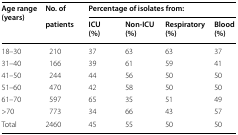
<table><thead><tr><td rowspan="2"><b>Age range(years)</b></td><td><b>No. of</b></td><td colspan="4"><b>Percentage of isolates from:</b></td></tr><tr><td><b>patients</b></td><td><b>ICU (%)</b></td><td><b>Non-ICU (%)</b></td><td><b>Respiratory (%)</b></td><td><b>Blood (%)</b></td></tr></thead><tbody><tr><td>18–30</td><td>210</td><td>37</td><td>63</td><td>63</td><td>37</td></tr><tr><td>31–40</td><td>166</td><td>39</td><td>61</td><td>59</td><td>41</td></tr><tr><td>41–50</td><td>244</td><td>44</td><td>56</td><td>50</td><td>50</td></tr><tr><td>51–60</td><td>470</td><td>42</td><td>58</td><td>50</td><td>50</td></tr><tr><td>61–70</td><td>597</td><td>65</td><td>35</td><td>51</td><td>49</td></tr><tr><td>&gt;70</td><td>773</td><td>34</td><td>66</td><td>43</td><td>57</td></tr><tr><td>Total</td><td>2460</td><td>45</td><td>55</td><td>50</td><td>50</td></tr></tbody></table>